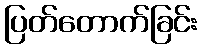
ပြတ်တောက်ခြင်း